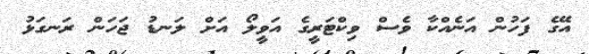
އޭގެ ފަހުން އަނެއްކާ ވެސް ވިކްޓަރީގެ އަވީލޯ އަށް ލަނޑު ޖަހަން ރަނގަޅު